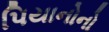
પિયાનોનો